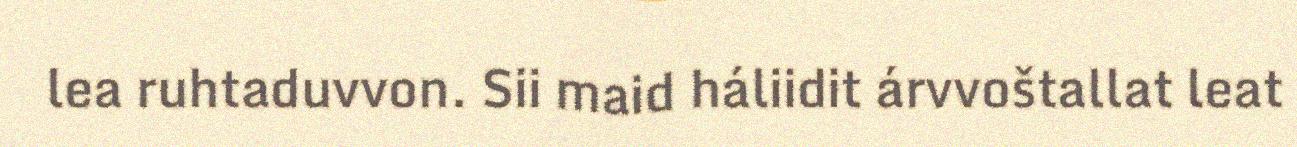
lea ruhtaduvvon. Sii maid háliidit árvvoštallat leat